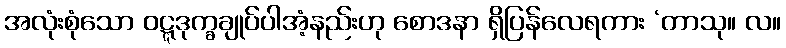
အလုံးစုံသော ဝဋ္ဋဒုက္ခချုပ်ပါအံ့နည်းဟု စောဒနာ ရှိပြန်လေရကား ‘တာသု။ လ။